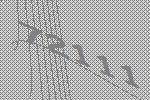
72111